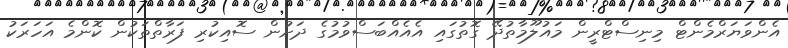
އެންވަޔަރްމެންޓް މިނިސްޓްރީން މައުލޫމާތުދޭ ގޮތުގައި އެއެއްބަސްވުމުގެ ދަށުން ސޮއިކުރި ފަރާތްތަކުން ކޮންމެ އަހަރަކު